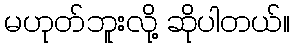
မဟုတ်ဘူးလို့ ဆိုပါတယ်။